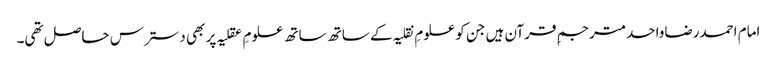
امام احمدرضاواحدمترجمِ قرآن ہیں جن کو علومِ نقلیہ کے ساتھ ساتھ علومِ عقلیہ پر بھی دسترس حاصل تھی۔